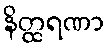
နိတ္ထရဏာ